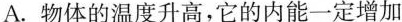
A.物体的温度升高，它的内能一定增加